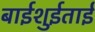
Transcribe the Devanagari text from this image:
बाईशुईताई